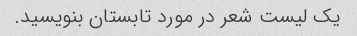
یک لیست شعر در مورد تابستان بنویسید.